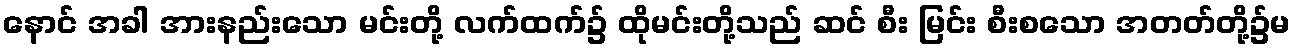
နောင် အခါ အားနည်းသော မင်းတို့ လက်ထက်၌ ထိုမင်းတို့သည် ဆင် စီး မြင်း စီးစသော အတတ်တို့၌မ